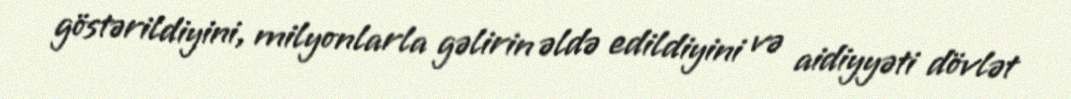
göstərildiyini, milyonlarla gəlirin əldə edildiyini və aidiyyəti dövlət